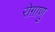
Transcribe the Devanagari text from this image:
रोग़ाणु